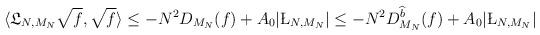
LaTeX: \begin{align*}\begin{aligned}\langle \mathfrak L_{N,M_N} \sqrt f, \sqrt f \rangle &\leq - N^2 D_{M_N} ( f) + A_0 |\L_{N,M_N}| \leq - N^2 D_{M_N}^{\widehat b} ( f) + A_0 |\L_{N,M_N}|\end{aligned}\end{align*}